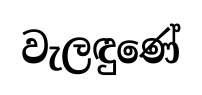
වැලඳුණේ